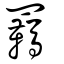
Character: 䩭